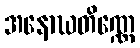
အနောဃတိဏ္ဏေ